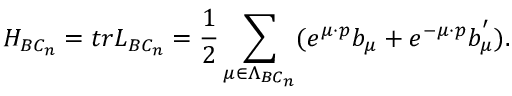
H _ { B C _ { n } } = t r L _ { B C _ { n } } = \frac { 1 } { 2 } \sum _ { \mu \in \Lambda _ { B C _ { n } } } ( e ^ { \mu \cdot p } b _ { \mu } + e ^ { - \mu \cdot p } b _ { \mu } ^ { ^ { \prime } } ) .